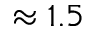
\approx 1 . 5